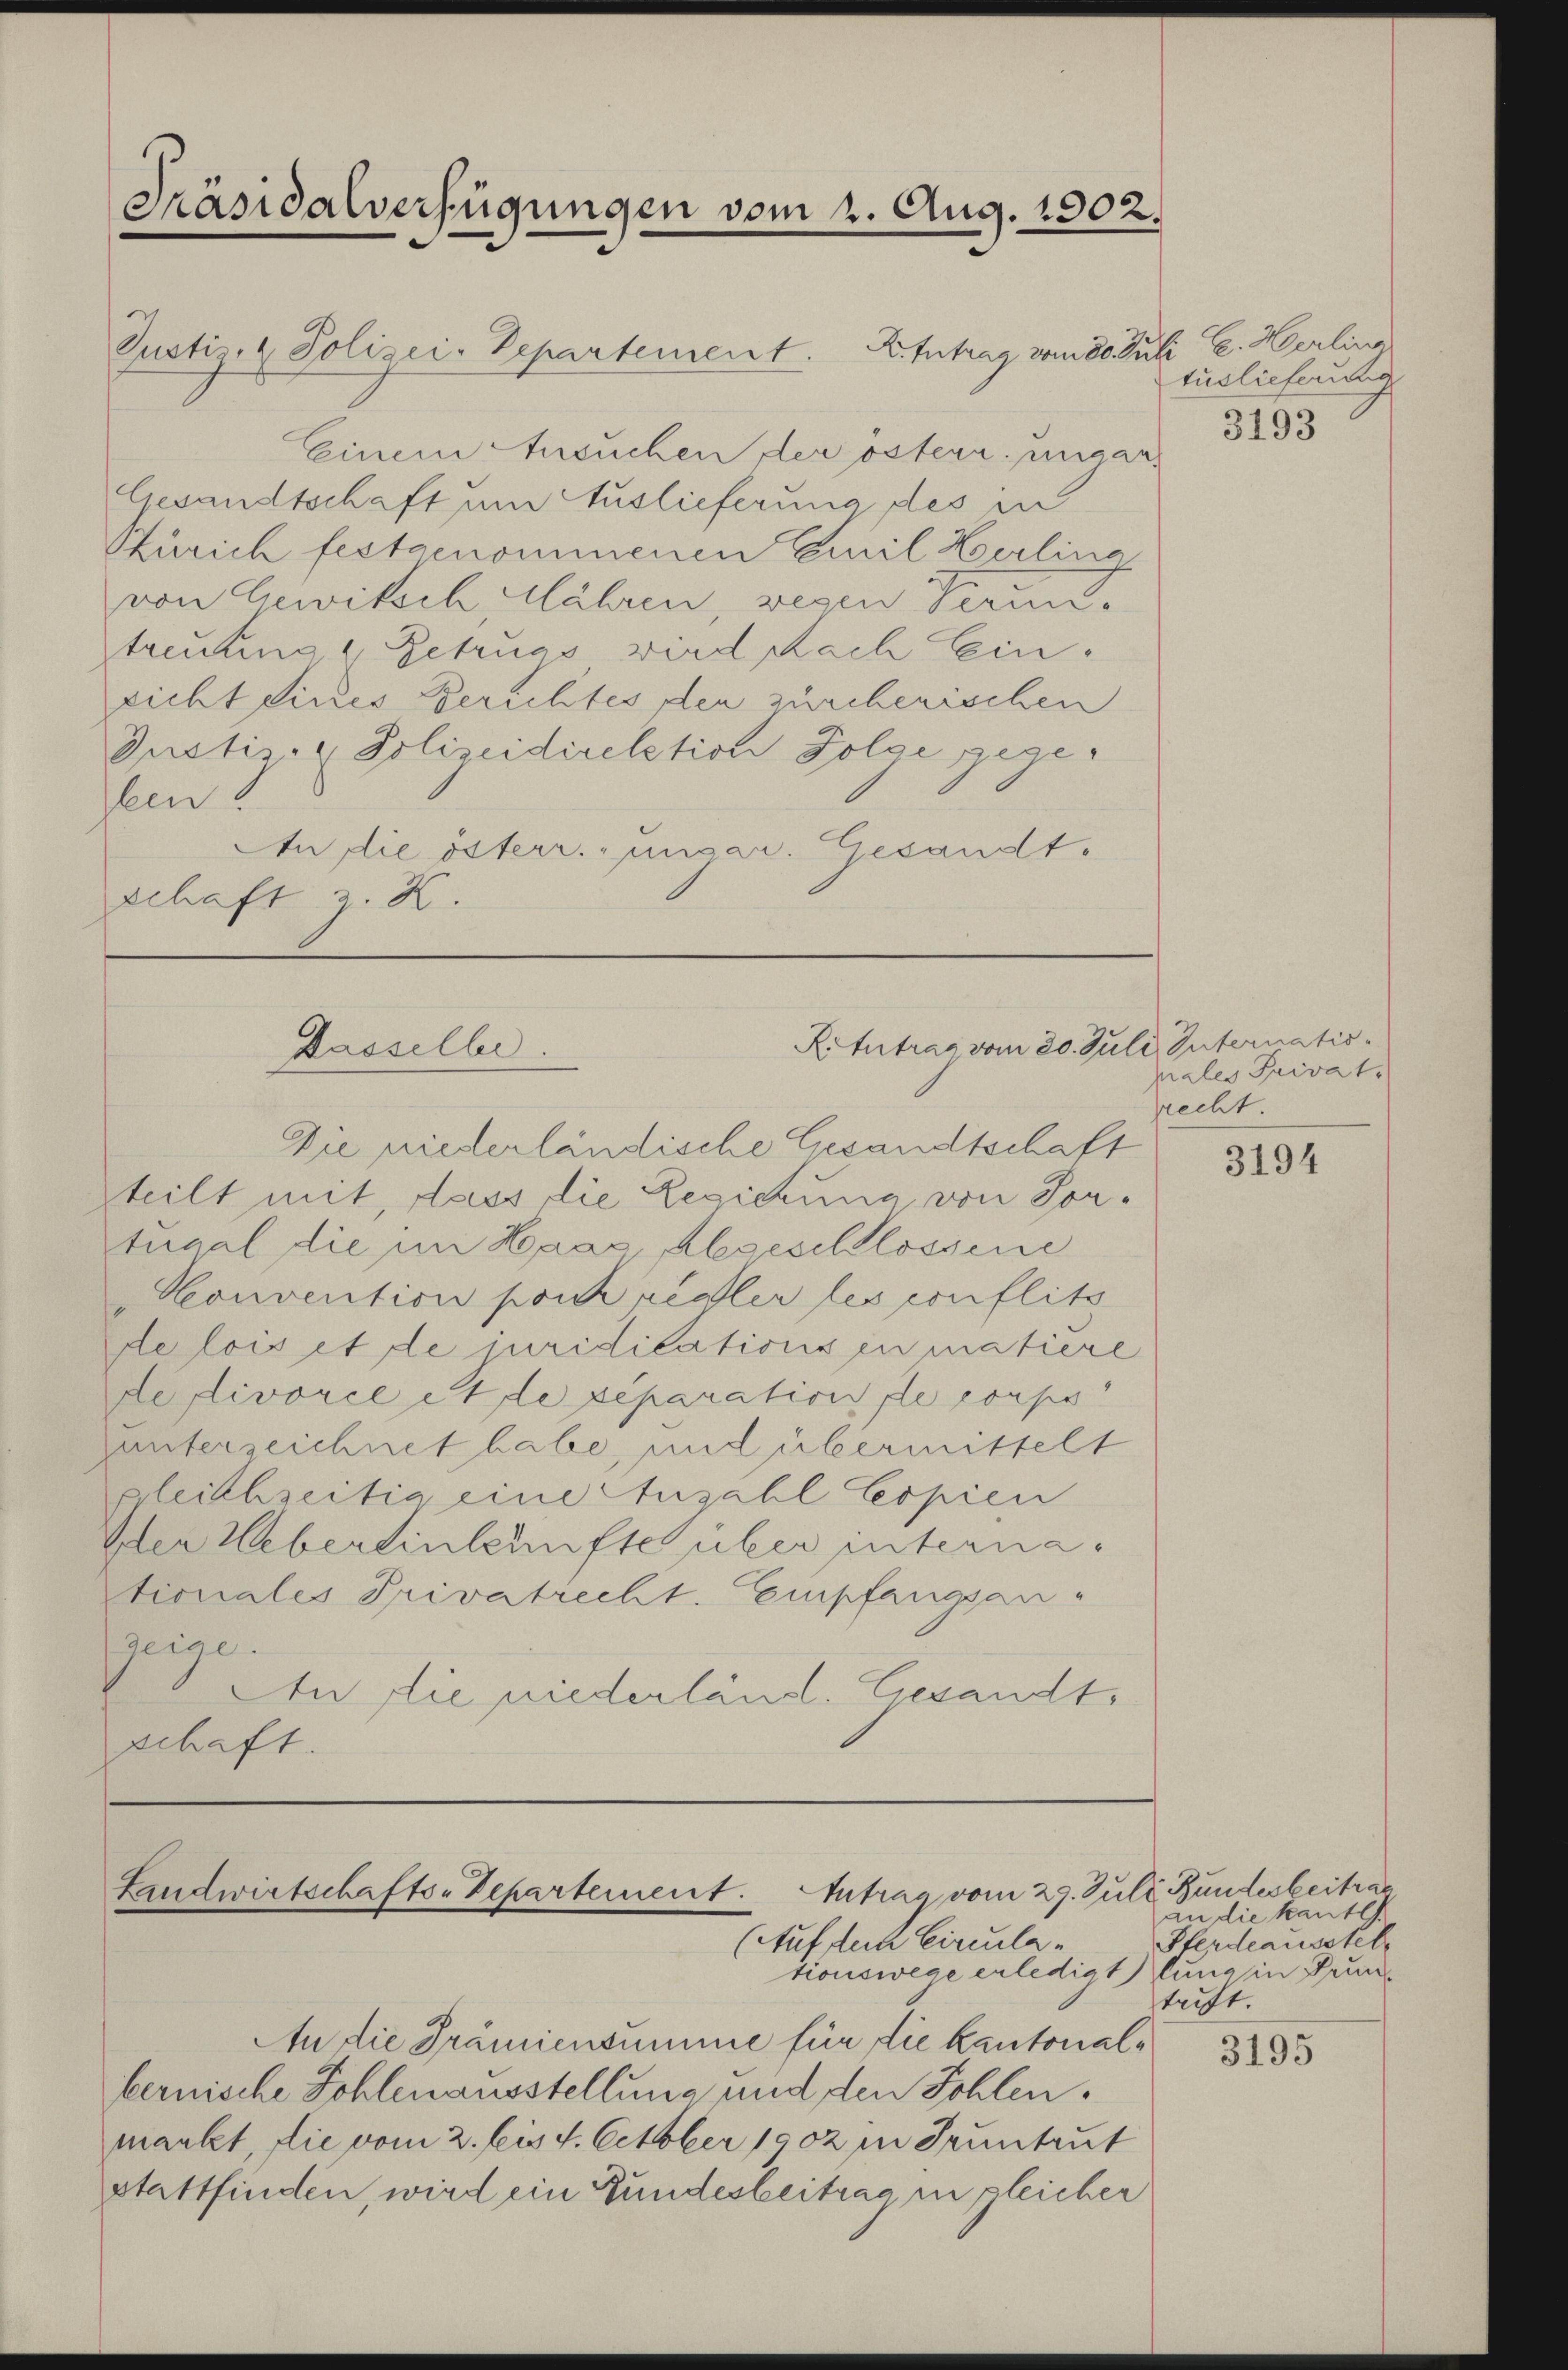
Justiz- & Polizei-Departement. K. Antrag vom 20. Juli E. Merling
Einem Ansuchen der österr. ungar
Gesandtschaft um Auslieferung des in
Zürich festgenommenen Emil Berling
von Gewitsch Mähren, wegen Grund
treutung & Betrugs, wird nach Ein
richt dieses Berichtes der zürcherischen
Justiz- & Polizeidirektion Folge gegeben
An die österr. ungar. Gesandt.
schaft z. K.

Präsidalverfügungen vom 2. Aug. 1902.

Die niederländische Gesandtschaft
steilt mit, dass die Regierung von Sortugal die im Haas, abgeschlossene
Honvention pour redler les conflits
de lois et de juridications in matiere
de divorce et de separation de corps
gunterzeichnet habe, und übermittelt
gleichzeitig eine Anzahl Copien
Der Uebereinkunfte über internationales Privatrecht. Empfangsan-
zeige.
An die niederländ. Gesandtschaft.

R. Intrag vom 20. Juli, Suternatis
Dasselbe.

Landwirtschafts-Departement. Antrag vom 29. Juli Bundesbeitrag
(Auffach Circulationswege erledigt lung in Grun

An die Prämiensumme für die kantonalbernische Fohlenausstellung und den Sohlen.
mankt, die vom 2. bis 4. October 1902 in Truntrut
stattfinden, wird ein Bundesbeitrag in gleicher

tuslieferung

3193

pales Privat
recht.

3194

an die kantl
Pferdeausstel
trift.

3195